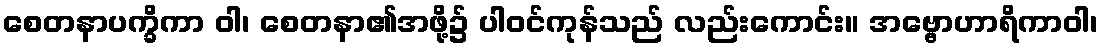
စေတနာပက္ခိကာ ဝါ၊ စေတနာ၏အဖို့၌ ပါဝင်ကုန်သည် လည်းကောင်း။ အဗ္ဗောဟာရိကာဝါ၊